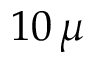
1 0 \, \mu